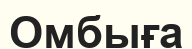
Омбыға